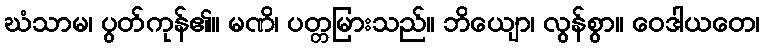
ဃံသာမ၊ ပွတ်ကုန်၏။ မဏိ၊ ပတ္တမြားသည်။ ဘိယျော၊ လွန်စွာ။ ဝေဒါယတေ၊